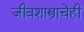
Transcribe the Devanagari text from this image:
जीवशास्त्राचेही